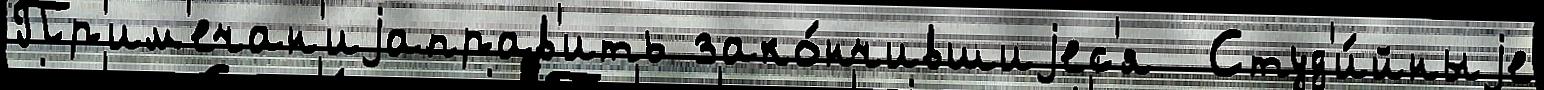
Пр'им'ечан'иjаправ'ить зако́нчившиjес'я  Студ'и́йныjе